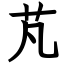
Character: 芃